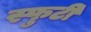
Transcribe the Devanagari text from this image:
स्फुटी